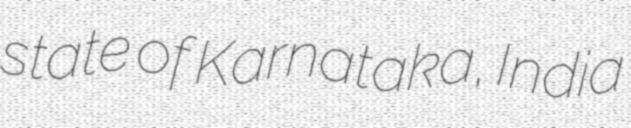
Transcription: state of Karnataka, India